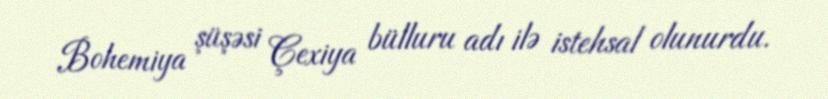
Bohemiya şüşəsi Çexiya bülluru adı ilə istehsal olunurdu.